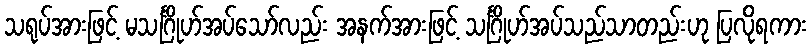
သရုပ်အားဖြင့် မသင်္ဂြိုဟ်အပ်သော်လည်း အနက်အားဖြင့် သင်္ဂြိုဟ်အပ်သည်သာတည်းဟု ပြလိုရကား